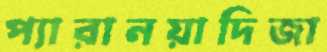
প্যারানয়াদিজা